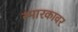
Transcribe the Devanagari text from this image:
स्मारकावर